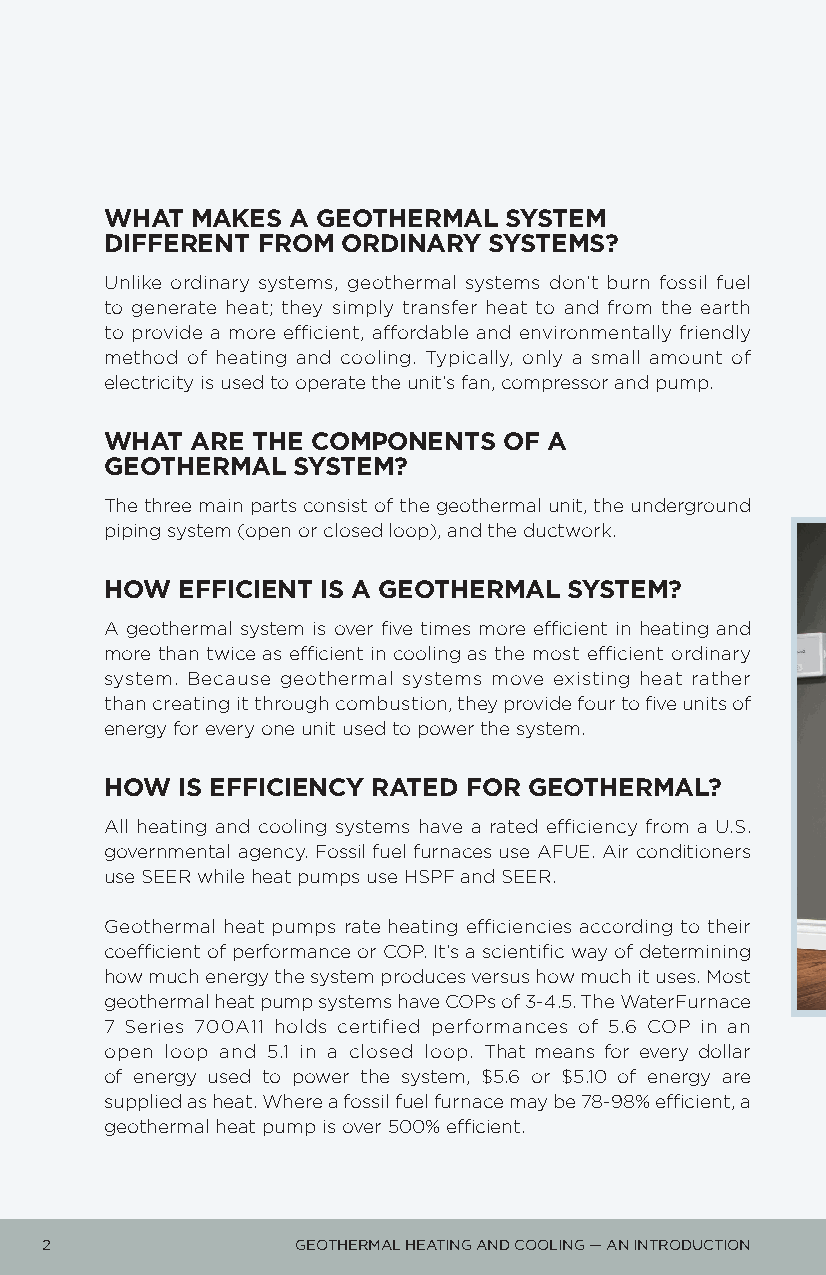
WHAT  MAKES A GEOTHERMAL  SYSTEM
 DIFFERENT FROM  ORDINARY SYSTEMS?
 Unlike ordinary systems, geothermal systems don’t burn fossil fuel
 to generate heat; they simply transfer heat to and from the earth
 to provide a more efficient, affordable and environmentally friendly
 method of heating and cooling. Typically, only a small amount of
 electricity is used to operate the unit’s fan, compressor and pump.
 WHAT  ARE THE COMPONENTS  OF A
 GEOTHERMAL  SYSTEM?
 The three main parts consist of the geothermal unit, the underground
 piping system (open or closed loop), and the ductwork.
 HOW  EFFICIENT IS A GEOTHERMAL SYSTEM?
 A geothermal system is over five times more efficient in heating and
 more than twice as efficient in cooling as the most efficient ordinary
 system. Because geothermal systems move existing heat rather
 than creating it through combustion, they provide four to five units of
 energy for every one unit used to power the system.
 HOW  IS EFFICIENCY RATED FOR GEOTHERMAL?
 All heating and cooling systems have a rated efficiency from a U.S.
 governmental agency. Fossil fuel furnaces use AFUE. Air conditioners
 use SEER while heat pumps use HSPF and SEER.
 Geothermal heat pumps rate heating efficiencies according to their
 coefficient of performance or COP. It’s a scientific way of determining
 how much energy the system produces versus how much it uses. Most
 geothermal heat pump systems have COPs of 3-4.5. The WaterFurnace
 7 Series 700A11 holds certified performances of 5.6 COP in an
 open loop and 5.1 in a closed loop. That means for every dollar
 of energy used to power the system, $5.6 or $5.10 of energy are
 supplied as heat. Where a fossil fuel furnace may be 78-98% efficient, a
 geothermal heat pump is over 500% efficient.
 2                GEOTHERMAL HEATING AND COOLING — AN INTRODUCTION